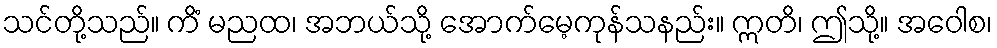
သင်တို့သည်။ ကိံ မညထ၊ အဘယ်သို့ အောက်မေ့ကုန်သနည်း။ ဣတိ၊ ဤသို့။ အဝေါစ၊